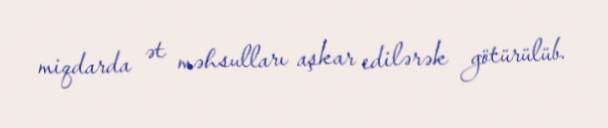
miqdarda ət məhsulları aşkar edilərək götürülüb.